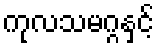
ကုလသမဂ္ဂနှင့်